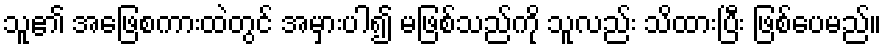
သူ၏ အဖြေစကားထဲတွင် အမှားပါ၍ မဖြစ်သည်ကို သူလည်း သိထားပြီး ဖြစ်ပေမည်။